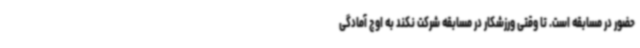
حضور در مسابقه است. تا وقتی ورزشکار در مسابقه شرکت نکند به اوج آمادگی